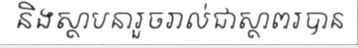
និងស្ថាបនារួចរាល់ជាស្ថាពរបាន